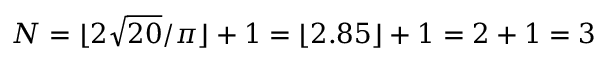
N = \lfloor 2 { \sqrt { 2 0 } } / \pi \rfloor + 1 = \lfloor 2 . 8 5 \rfloor + 1 = 2 + 1 = 3